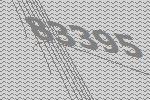
83395